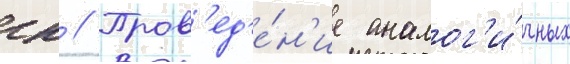
гк // Пров'ед'е́н'ие аналог'и́чных